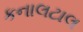
કનાલટાલ